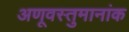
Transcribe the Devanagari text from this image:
अणूवस्तुमानांक